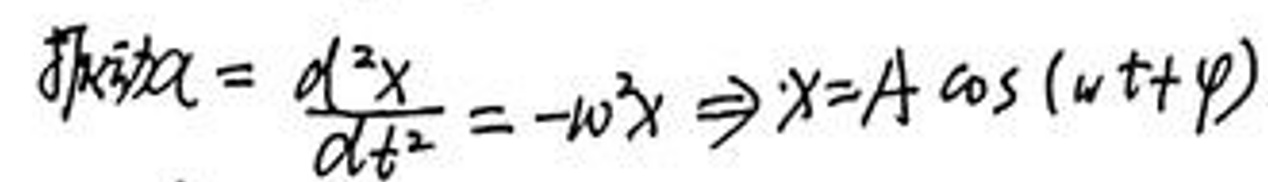
振动\(a = \frac{d^{2}x}{dt^{2}} = -\omega^{2}x \Rightarrow x = A\cos(\omega t+\varphi)\)